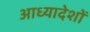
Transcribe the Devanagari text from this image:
आध्यादेशों